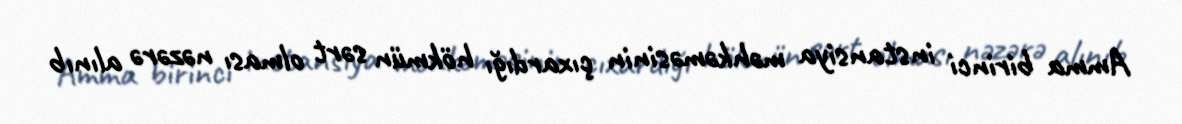
Amma birinci instansiya məhkəməsinin çıxardığı hökmün sərt olması nəzərə alınıb